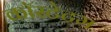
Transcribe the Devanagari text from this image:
कॉस्टेटम